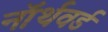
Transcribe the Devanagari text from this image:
नॉर्थवर्ड